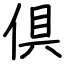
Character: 倶